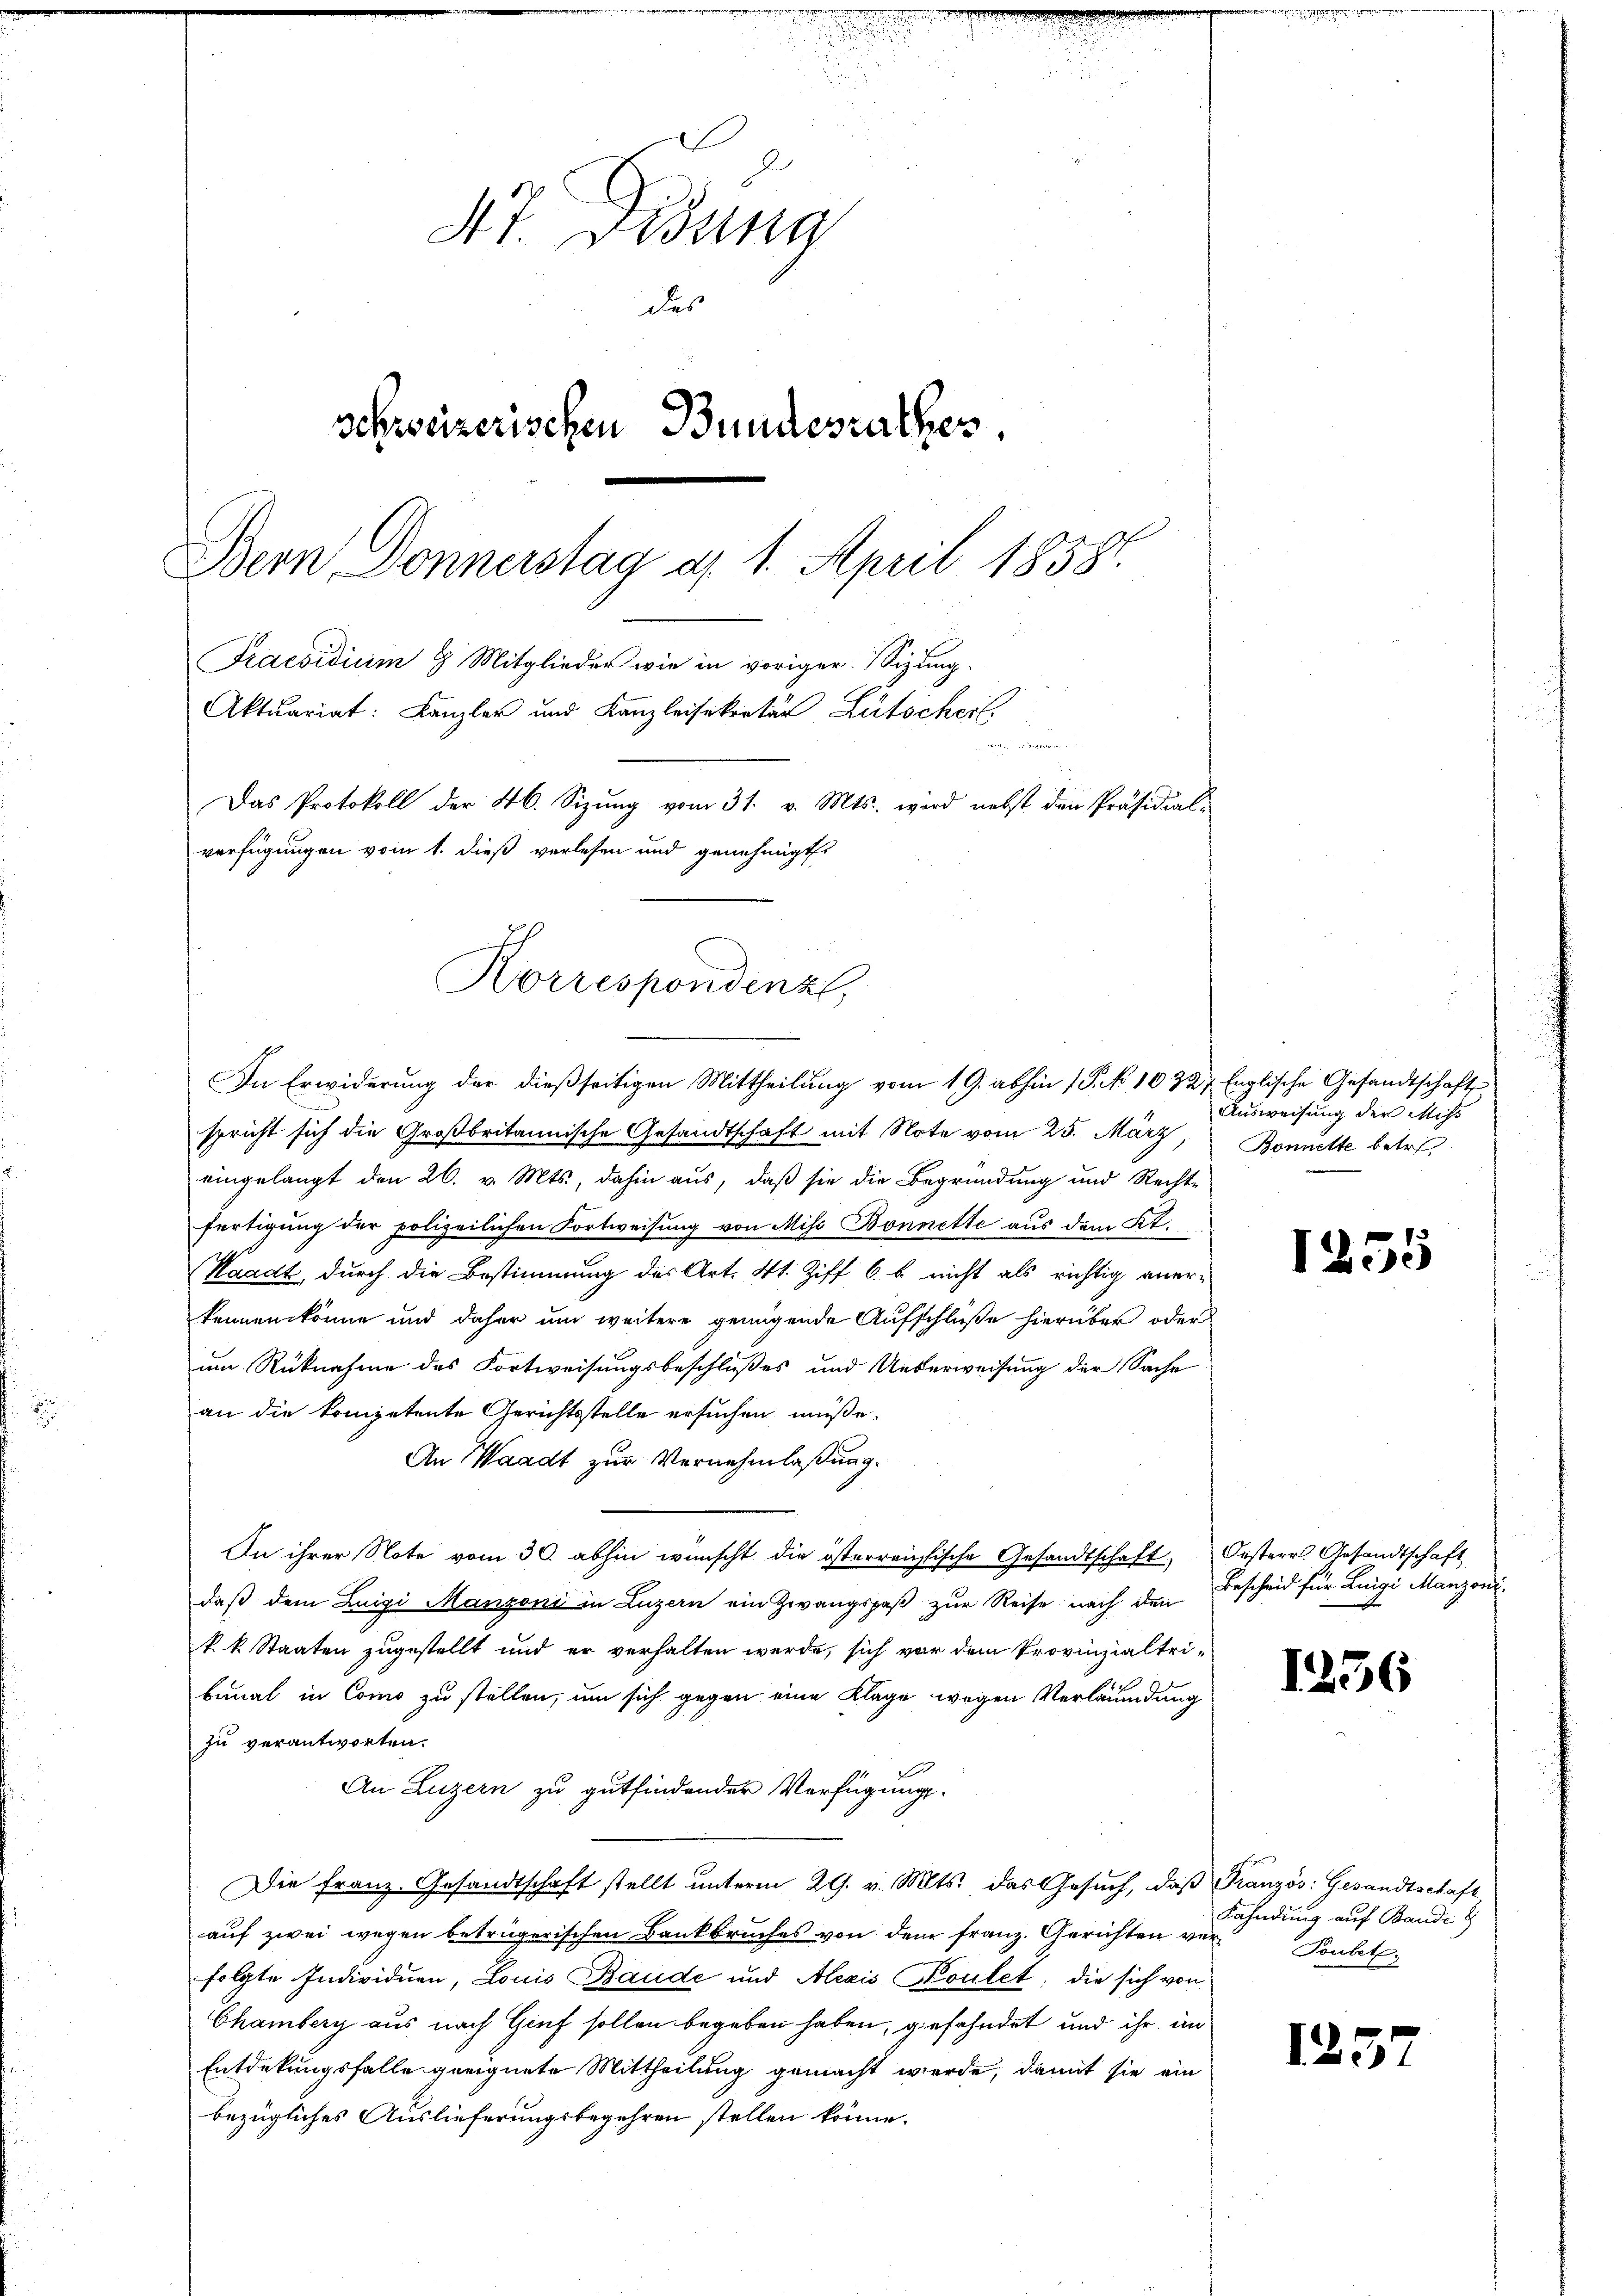
Korrespondenzl,
In Erwiderung der dießseitigen Mittheilung vom 19. abhin (P. No 1032, Englische Gesandtschaft

4t. König
des
schweizerischen Bundesrathes
Bern Donnerstag a. 1. April 1858.
Praesidium 8 Mitglieder wie in voriger Sitzung.
Aktuariat: Kanzler und Kanzleisekretär Lütschert.
e
Das Protokoll der 46. Sizung vom 31. v. Mts. wird nebst den Präsidial-
verfügungen vom 1. dieß verlesen und genehmigt.

spricht sich die Großbritannische Gesandtschaft mit Note vom 25. März, Bonnette betre
eingelangt den 26. v. Mts., dahin aus, daß sie die Begründung und Rechte
fertigung der polizeilichen Fortweisung von Misi Bonnette aus dem Kt.
Waadt, durch die Bestimmung des Art. 41. Ziff 6. b. nicht als richtig aner-
kennen könne und daher um weitere genügende Aufschlüße hierüber oder
um Rücknahme des Fortweisungsbeschlußes und Ueberweisung der Sache
an die kompetente Gerichtsstelle ersuchen müße.
An Waadt zur Vornehmlassung.
In ihrer Note vom 30. abhin wünscht die österreichische Gesandtschaft Oesterr. Gesandtschaft
daß dem Luigi Manzoni in Luzern ein Zwangspaß zur Reise nach den
k. k. Staaten zugestellt und er verhalten werde, sich vor dem Provinzialtribunal in Como zu stellen, um sich gegen eine Klage wegen Verläumdung
zu verantworten.
An Luzern zu gutfindender Verfügungs-
Die Franz. Gesandtschaft stellt unterm 29. v. Mts. das Gesŭch, daß Französ. Gesandtschaft
auf zwei wegen betrügerischen Bankbruches von dem franz. Gerichten vor Kult
folgte Individuen, Louis Baude und Alexis Koulet, die sich von
Chamberg aus nach Genf sollen begeben haben, gefahndet und ihr im
Entdekungsfalle geeignete Mittheilung gemacht werde, damit sie ein
bezügliches Auslieferungsbegehren stellen könne.

Ausweisung der Miss

1255

Bescheid für Luigi Manzoni

1256

Fahndung auf Bande 8

125